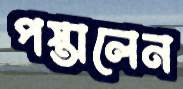
পস্তালেন